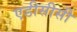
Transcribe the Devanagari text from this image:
एडीसीसी